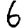
Digit: 6